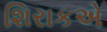
શિરાકએ